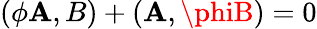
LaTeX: (\phi\mathbf{A},B)+(\mathbf{A},\phiB)=0